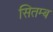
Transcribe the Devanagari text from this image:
सितम्ब